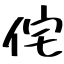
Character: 侘